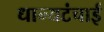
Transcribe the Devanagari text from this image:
धान्यटंचाई